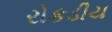
રોકડીય